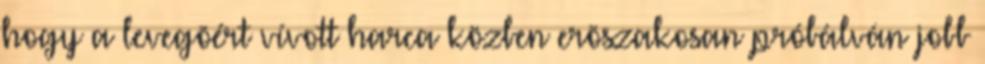
hogy a levegõért vívott harca közben erõszakosan próbálván jobb